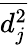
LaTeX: \overline{{d_{j}^{2}}}